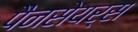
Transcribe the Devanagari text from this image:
पैनसेयर्स